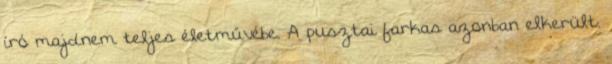
író majdnem teljes életművébe. A pusztai farkas azonban elkerült.